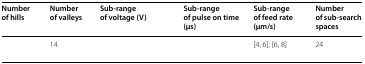
<table><thead><tr><td><b>Number of hills</b></td><td><b>Number of valleys</b></td><td><b>Sub-range of voltage (V)</b></td><td><b>Sub-range of pulse on time (μs)</b></td><td><b>Sub-range of feed rate (μm/s)</b></td><td><b>Number of sub-search spaces</b></td></tr></thead><tbody><tr><td>[EMPTY_CELL]</td><td>14</td><td>[EMPTY_CELL]</td><td>[EMPTY_CELL]</td><td>[4, 6]; [6, 8]</td><td>24</td></tr></tbody></table>